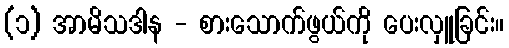
(၁) အာမိသဒါန - စားသောက်ဖွယ်ကို ပေးလှူခြင်း။